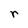
Character: r